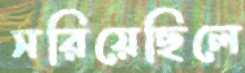
সরিয়েছিলে